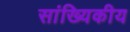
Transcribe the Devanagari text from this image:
सांख्‍यिकीय